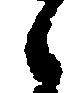
之